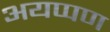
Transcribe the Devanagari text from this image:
अयप्पण